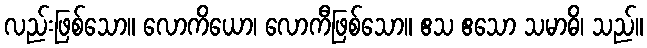
လည်းဖြစ်သော။ လောကိယော၊ လောကီဖြစ်သော။ ဧသ ဧသော သမာဓိ၊ သည်။